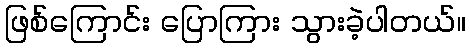
ဖြစ်ကြောင်း ပြောကြား သွားခဲ့ပါတယ်။